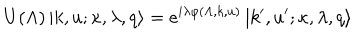
LaTeX: U ( \Lambda ) \left| k , u ; \kappa , \lambda , q \right> = e ^ { i \lambda \varphi ( \Lambda , k , u ) } \left| k ^ { \prime } , u ^ { \prime } ; \kappa , \lambda , q \right>